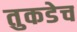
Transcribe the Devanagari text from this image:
तुकडेच